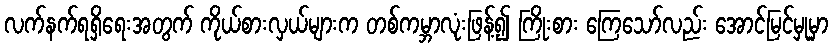
လက်နက်ရရှိရေးအတွက် ကိုယ်စားလှယ်များက တစ်ကမ္ဘာလုံးဖြန့်၍ ကြိုးစား ကြေသော်လည်း အောင်မြင်မှုမှာ